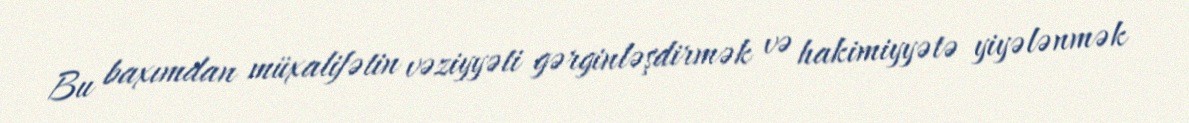
Bu baxımdan müxalifətin vəziyyəti gərginləşdirmək və hakimiyyətə yiyələnmək